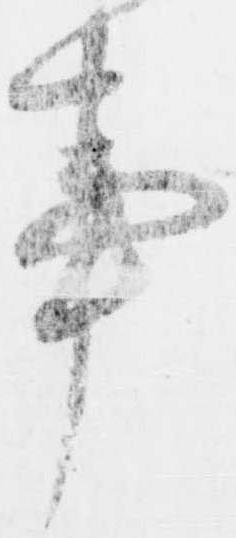
事